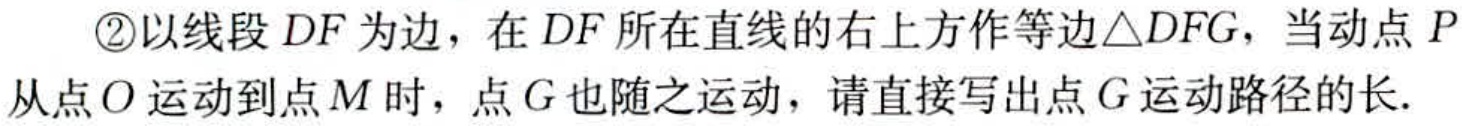
\textcircled{2}以线段\(DF\)为边，在\(DF\)所在直线的右上方作等边\(\triangle DFG\)，当动点\(P\)从点\(O\)运动到点\(M\)时，点\(G\)也随之运动，请直接写出点\(G\)运动路径的长.